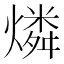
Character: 燐